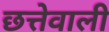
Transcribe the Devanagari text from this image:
छत्तेवाली